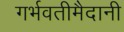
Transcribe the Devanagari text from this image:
गर्भवतीमैदानी